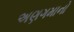
અણગમાનો